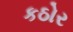
કઠોર